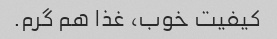
کیفیت خوب، غذا هم گرم.